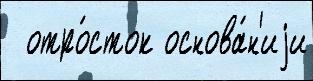
  отро́сток основа́н'иjи